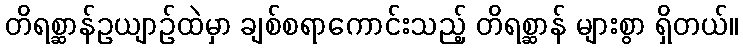
တိရစ္ဆာန်ဥယျာဉ်ထဲမှာ ချစ်စရာကောင်းသည့် တိရစ္ဆာန် များစွာ ရှိတယ်။